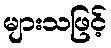
များသဖြင့်